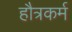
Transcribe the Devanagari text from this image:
हौत्रकर्म